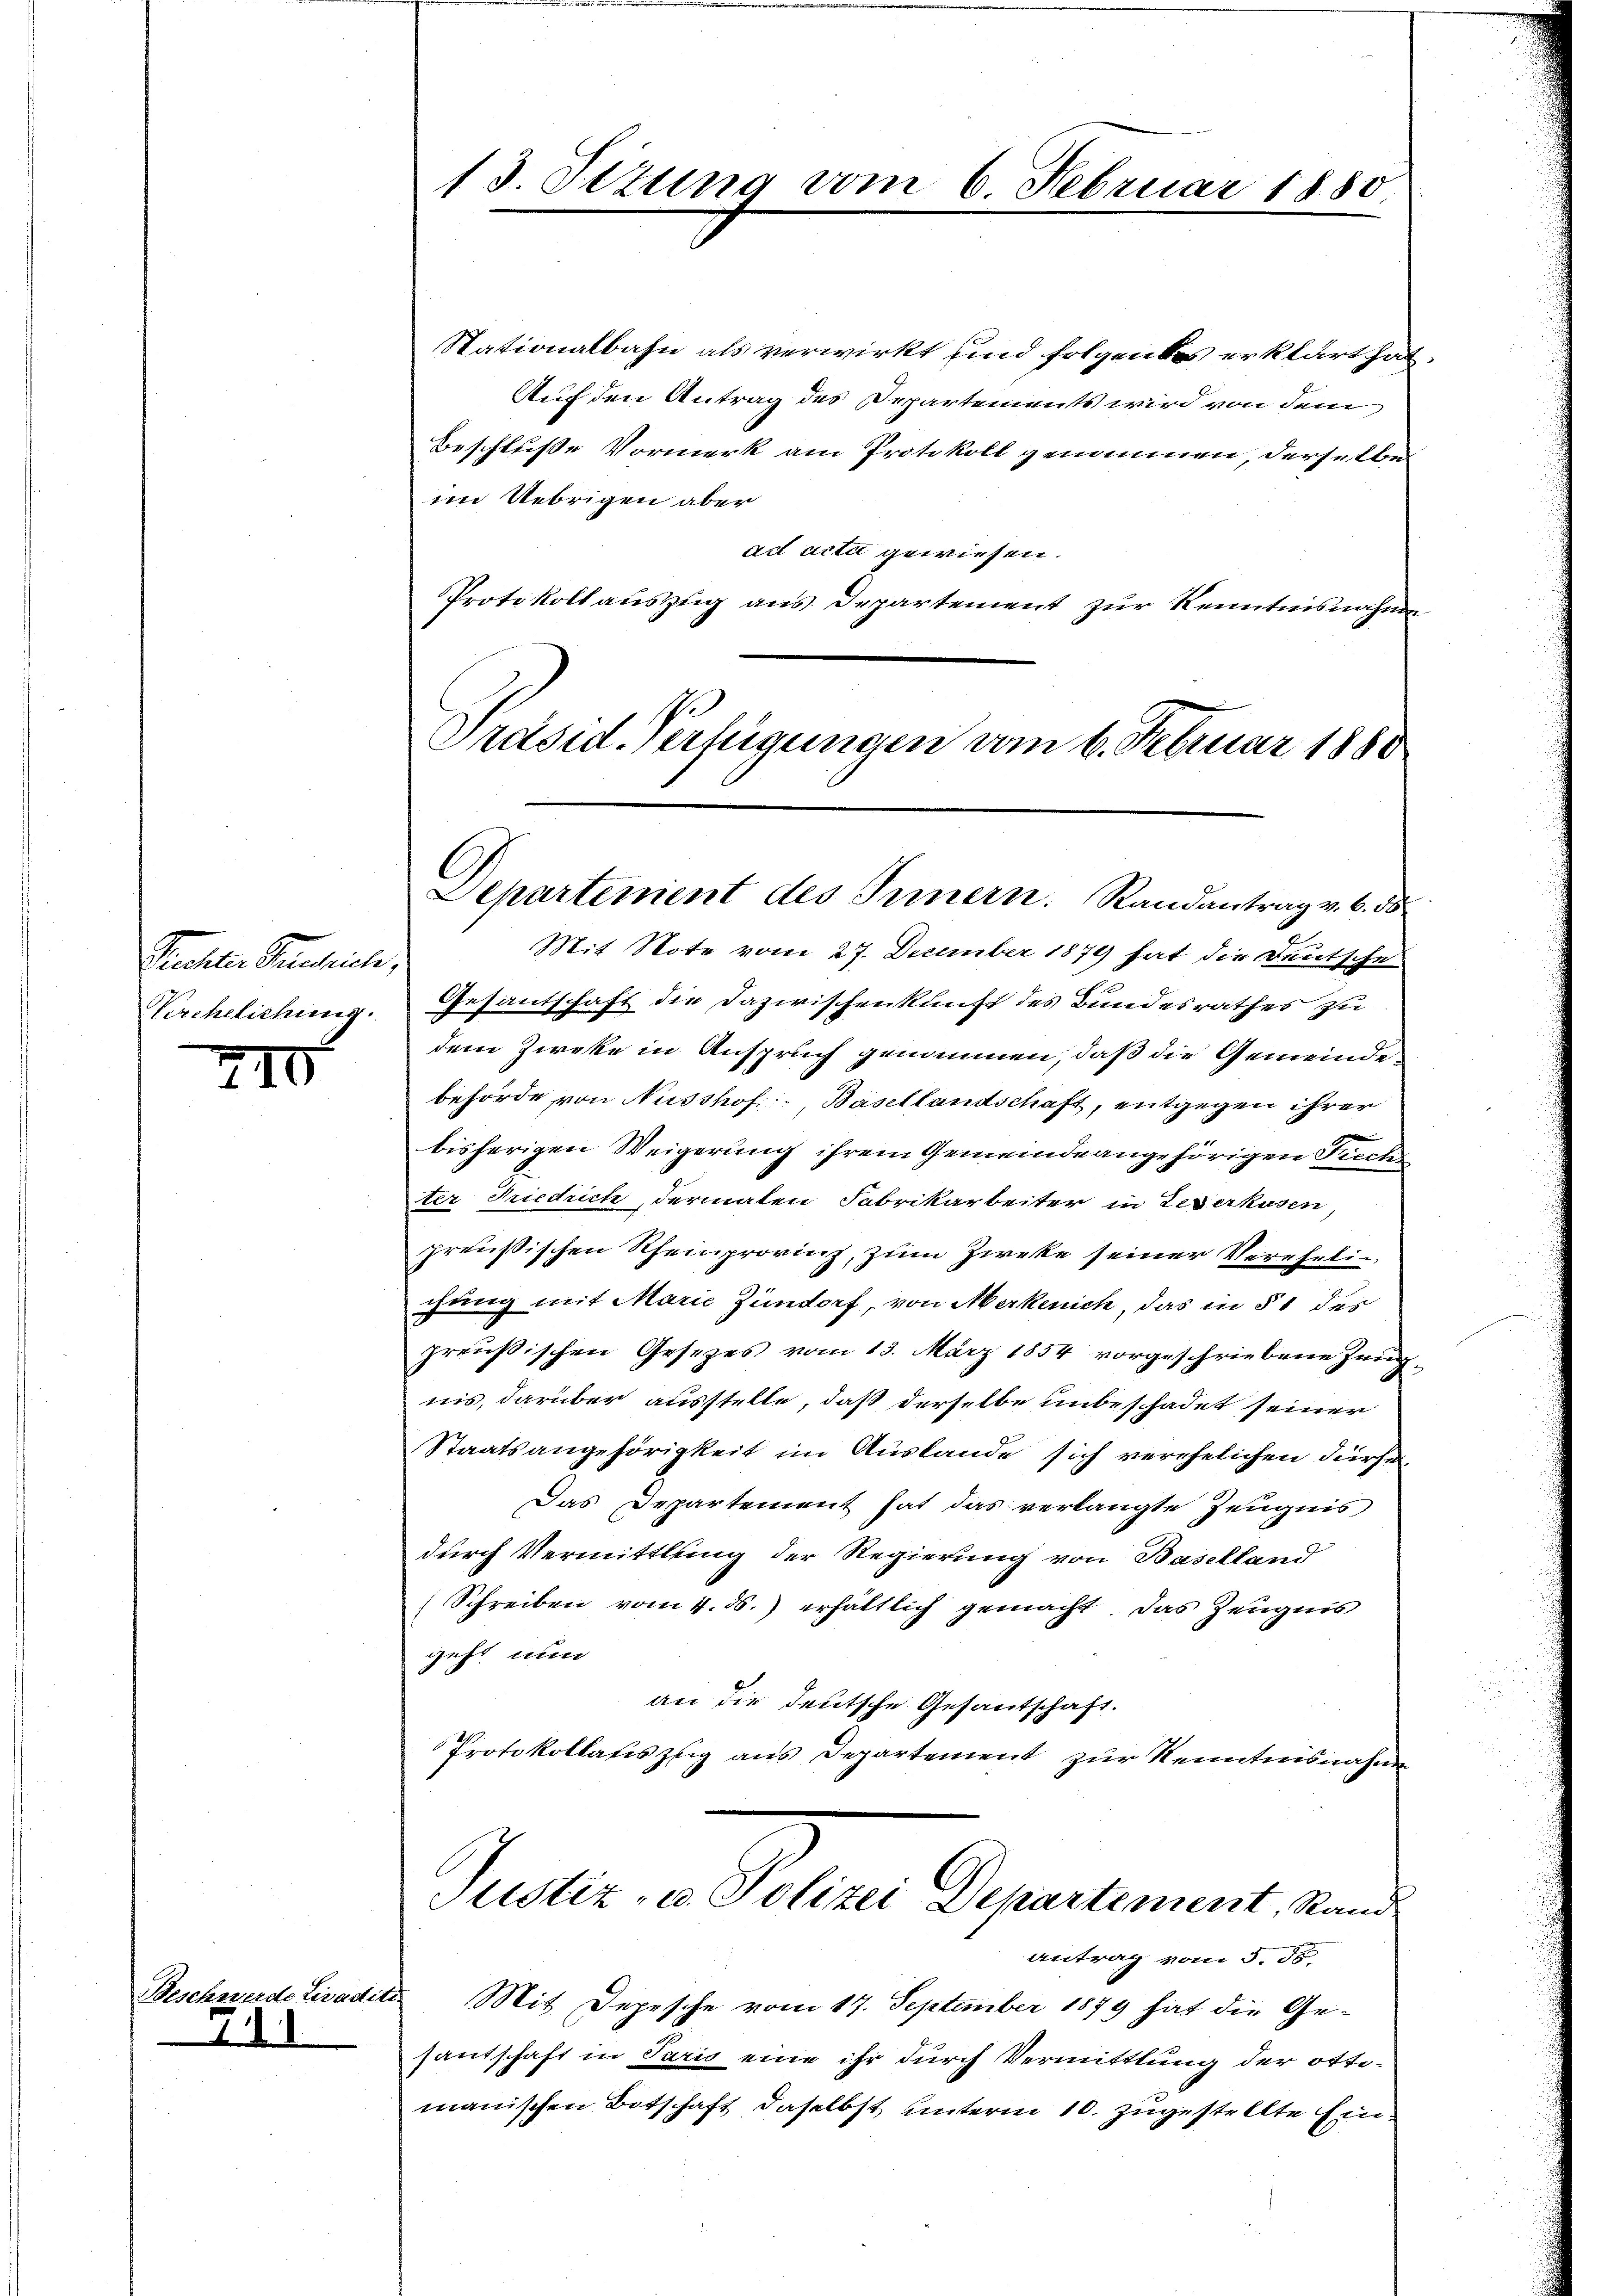
Pensilen Gerich,
Krehelichung.

210

Beschwerde Livadi
7.

13. Tizung vom 6. Februar 1880

Stationalbahn als verwirkt und folgendes erklärt hat,
Auf den Antrag des Departements wird von dem
Beschluße Vormerk am Protokoll genommen, derselben
im Uebrigen aber
ad acti gewiesen.
Protokoll auszug aus Departement zur Kenntnisnahme
Präsid. Verfügungen vom 6. Februar 1880

Departement des Innern. Randantrag v. 6. ds

Mit Note vom 27. December 1879 hat die Deutsche
Gesantschaft die Dazwischenkunft des Bundesrathes zu
dem Zieke in Anspruch genommen, daß die Gemeinde
behörde von Nusshof Basellandschaft, entgegen ihrer
bisherigen Weigerung ihrem Gemeinde angehörigen Tiechs
Ster Friedrich, dermalen Fabrikarbeiter in Leserhusen
preußischen Rheinprovinz, zum Zirke seiner Verehelichung mit Marie Zimdorf, von Merkenich, das in § 1 des
preußischen Gesezes vom 13. März 1854 vorgeschriebene Zeug-
nis, darüber ausstelle, daß derselbe unbeschadet seiner
Staatsangehörigkeit im Auslande sich verehelichen dürfen
Das Departement hat das verlangte Zeugnis
durch Vermittlung der Regierung von Baselland
Schreiben vom 4. ds. erhältlich gemacht. Das Zeugnis
geht nun
an die deutsche Gesantschaft.
Protokollatis zŭg ans Departement zŭr Kenntnisnahme

Justiz- u. Polizei Departement, Rand
Antrag vom 5. d

Mit Depesche vom 17. September 1879 hat die Gesantschaft in Paris eine ihr durch Vermittlung der oftimanischen Botschaft daselbst unterm 10. zugestellte Ein¬